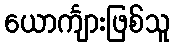
ယောင်္ကျားဖြစ်သူ